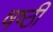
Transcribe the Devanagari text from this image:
षष्‍ठी